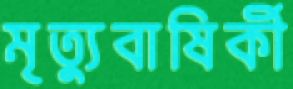
মৃত্যুবাষির্কী